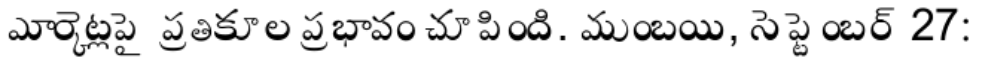
మార్కెట్లపై ప్రతికూల ప్రభావం చూపింది. ముంబయి, సెప్టెంబర్ 27: